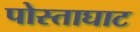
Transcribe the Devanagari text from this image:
पोस्ताघाट